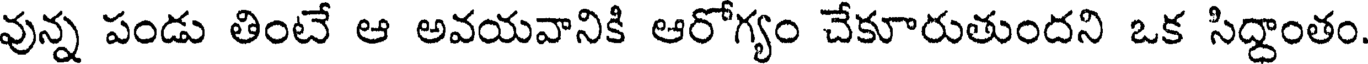
వున్న పండు తింటే ఆ అవయవానికి ఆరోగ్యం చేకూరుతుందని ఒక సిద్ధాంతం